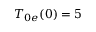
T _ { 0 e } ( 0 ) = 5